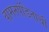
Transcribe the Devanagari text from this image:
वामनपंडिताची